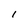
Character: I